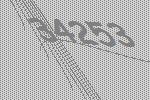
34253